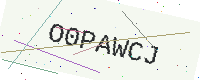
Text: O0PAWCJ